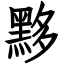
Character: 黟